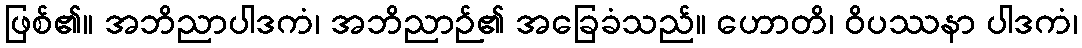
ဖြစ်၏။ အဘိညာပါဒကံ၊ အဘိညာဉ်၏ အခြေခံသည်။ ဟောတိ၊ ဝိပဿနာ ပါဒကံ၊